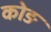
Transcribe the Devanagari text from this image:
कोङ